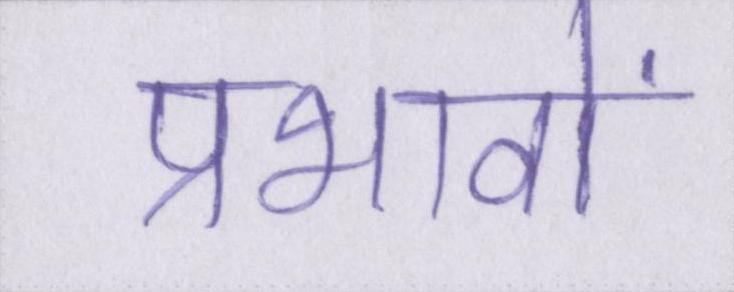
प्रभावों